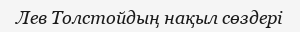
Лев Толстойдың нақыл сөздері